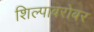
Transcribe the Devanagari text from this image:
शिल्पाबरोबर